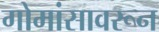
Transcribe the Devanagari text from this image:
गोमांसावरून